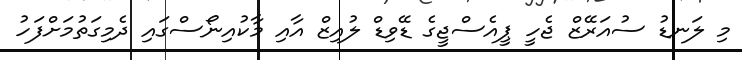
މި ލަނޑު ސުއަރޭޒް ޖެހީ ޕީއެސްޖީގެ ޑޭވިޑް ލުއިޒް އާއި މާކުއިނޯސްގައި ދެމިގަތުމަށްފަހު